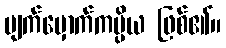
မျက်မှောက်ကပ္ပိယ ဖြစ်၏။